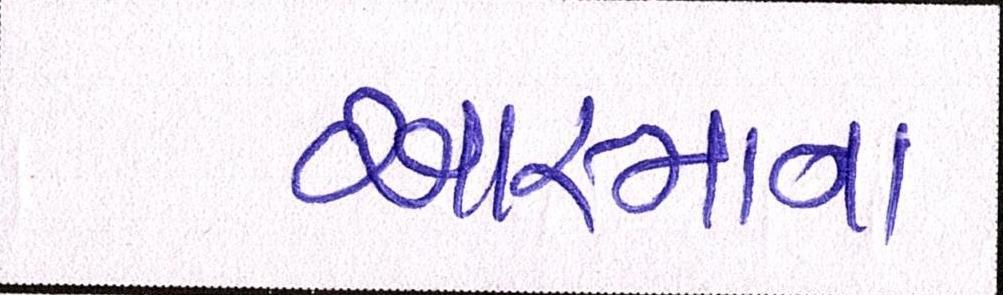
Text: આસ્માના